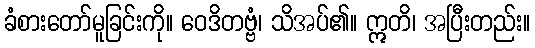
ခံစားတော်မူခြင်းကို။ ဝေဒိတဗ္ဗံ၊ သိအပ်၏။ ဣတိ၊ အပြီးတည်း။